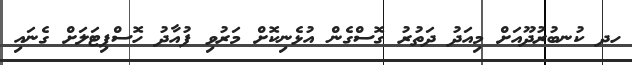
ހދ ކުނބުރުދޫއަށް މިއަދު ދަތުރު ގޮސްގެން އުޅެނިކޮށް މަރުވި ފުއާދު ހޮސްޕިޓަލަށް ގެނައި